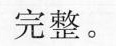
完整。